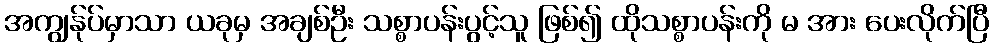
အကျွန်ုပ်မှာသာ ယခုမှ အချစ်ဦး သစ္စာပန်းပွင့်သူ ဖြစ်၍ ထိုသစ္စာပန်းကို မ အား ပေးလိုက်ပြီ